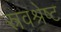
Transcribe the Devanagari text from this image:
स्रवश्रेष्ट